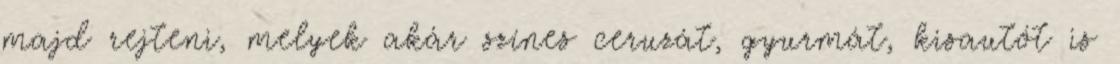
majd rejteni, melyek akár színes ceruzát, gyurmát, kisautót is